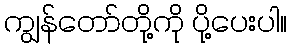
ကျွန်တော်တို့ကို ပို့ပေးပါ။